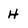
Character: H